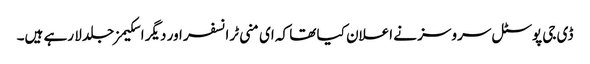
ڈی جی پوسٹل سروسز نے اعلان کیا تھا کہ ای منی ٹرانسفر اور دیگر اسکیمز جلد لا رہے ہیں۔